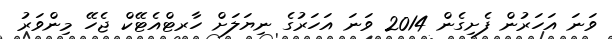
ވަނަ އަހަރުން ފެށިގެން 2014 ވަނަ އަހަރުގެ ނިޔަލަށް ހާރޓްއެޓޭކް ޖެހޭ މިންވަރު